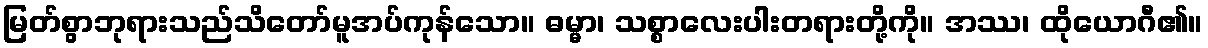
မြတ်စွာဘုရားသည်သိတော်မူအပ်ကုန်သော။ ဓမ္မာ၊ သစ္စာလေးပါးတရားတို့ကို။ အဿ၊ ထိုယောဂီ၏။